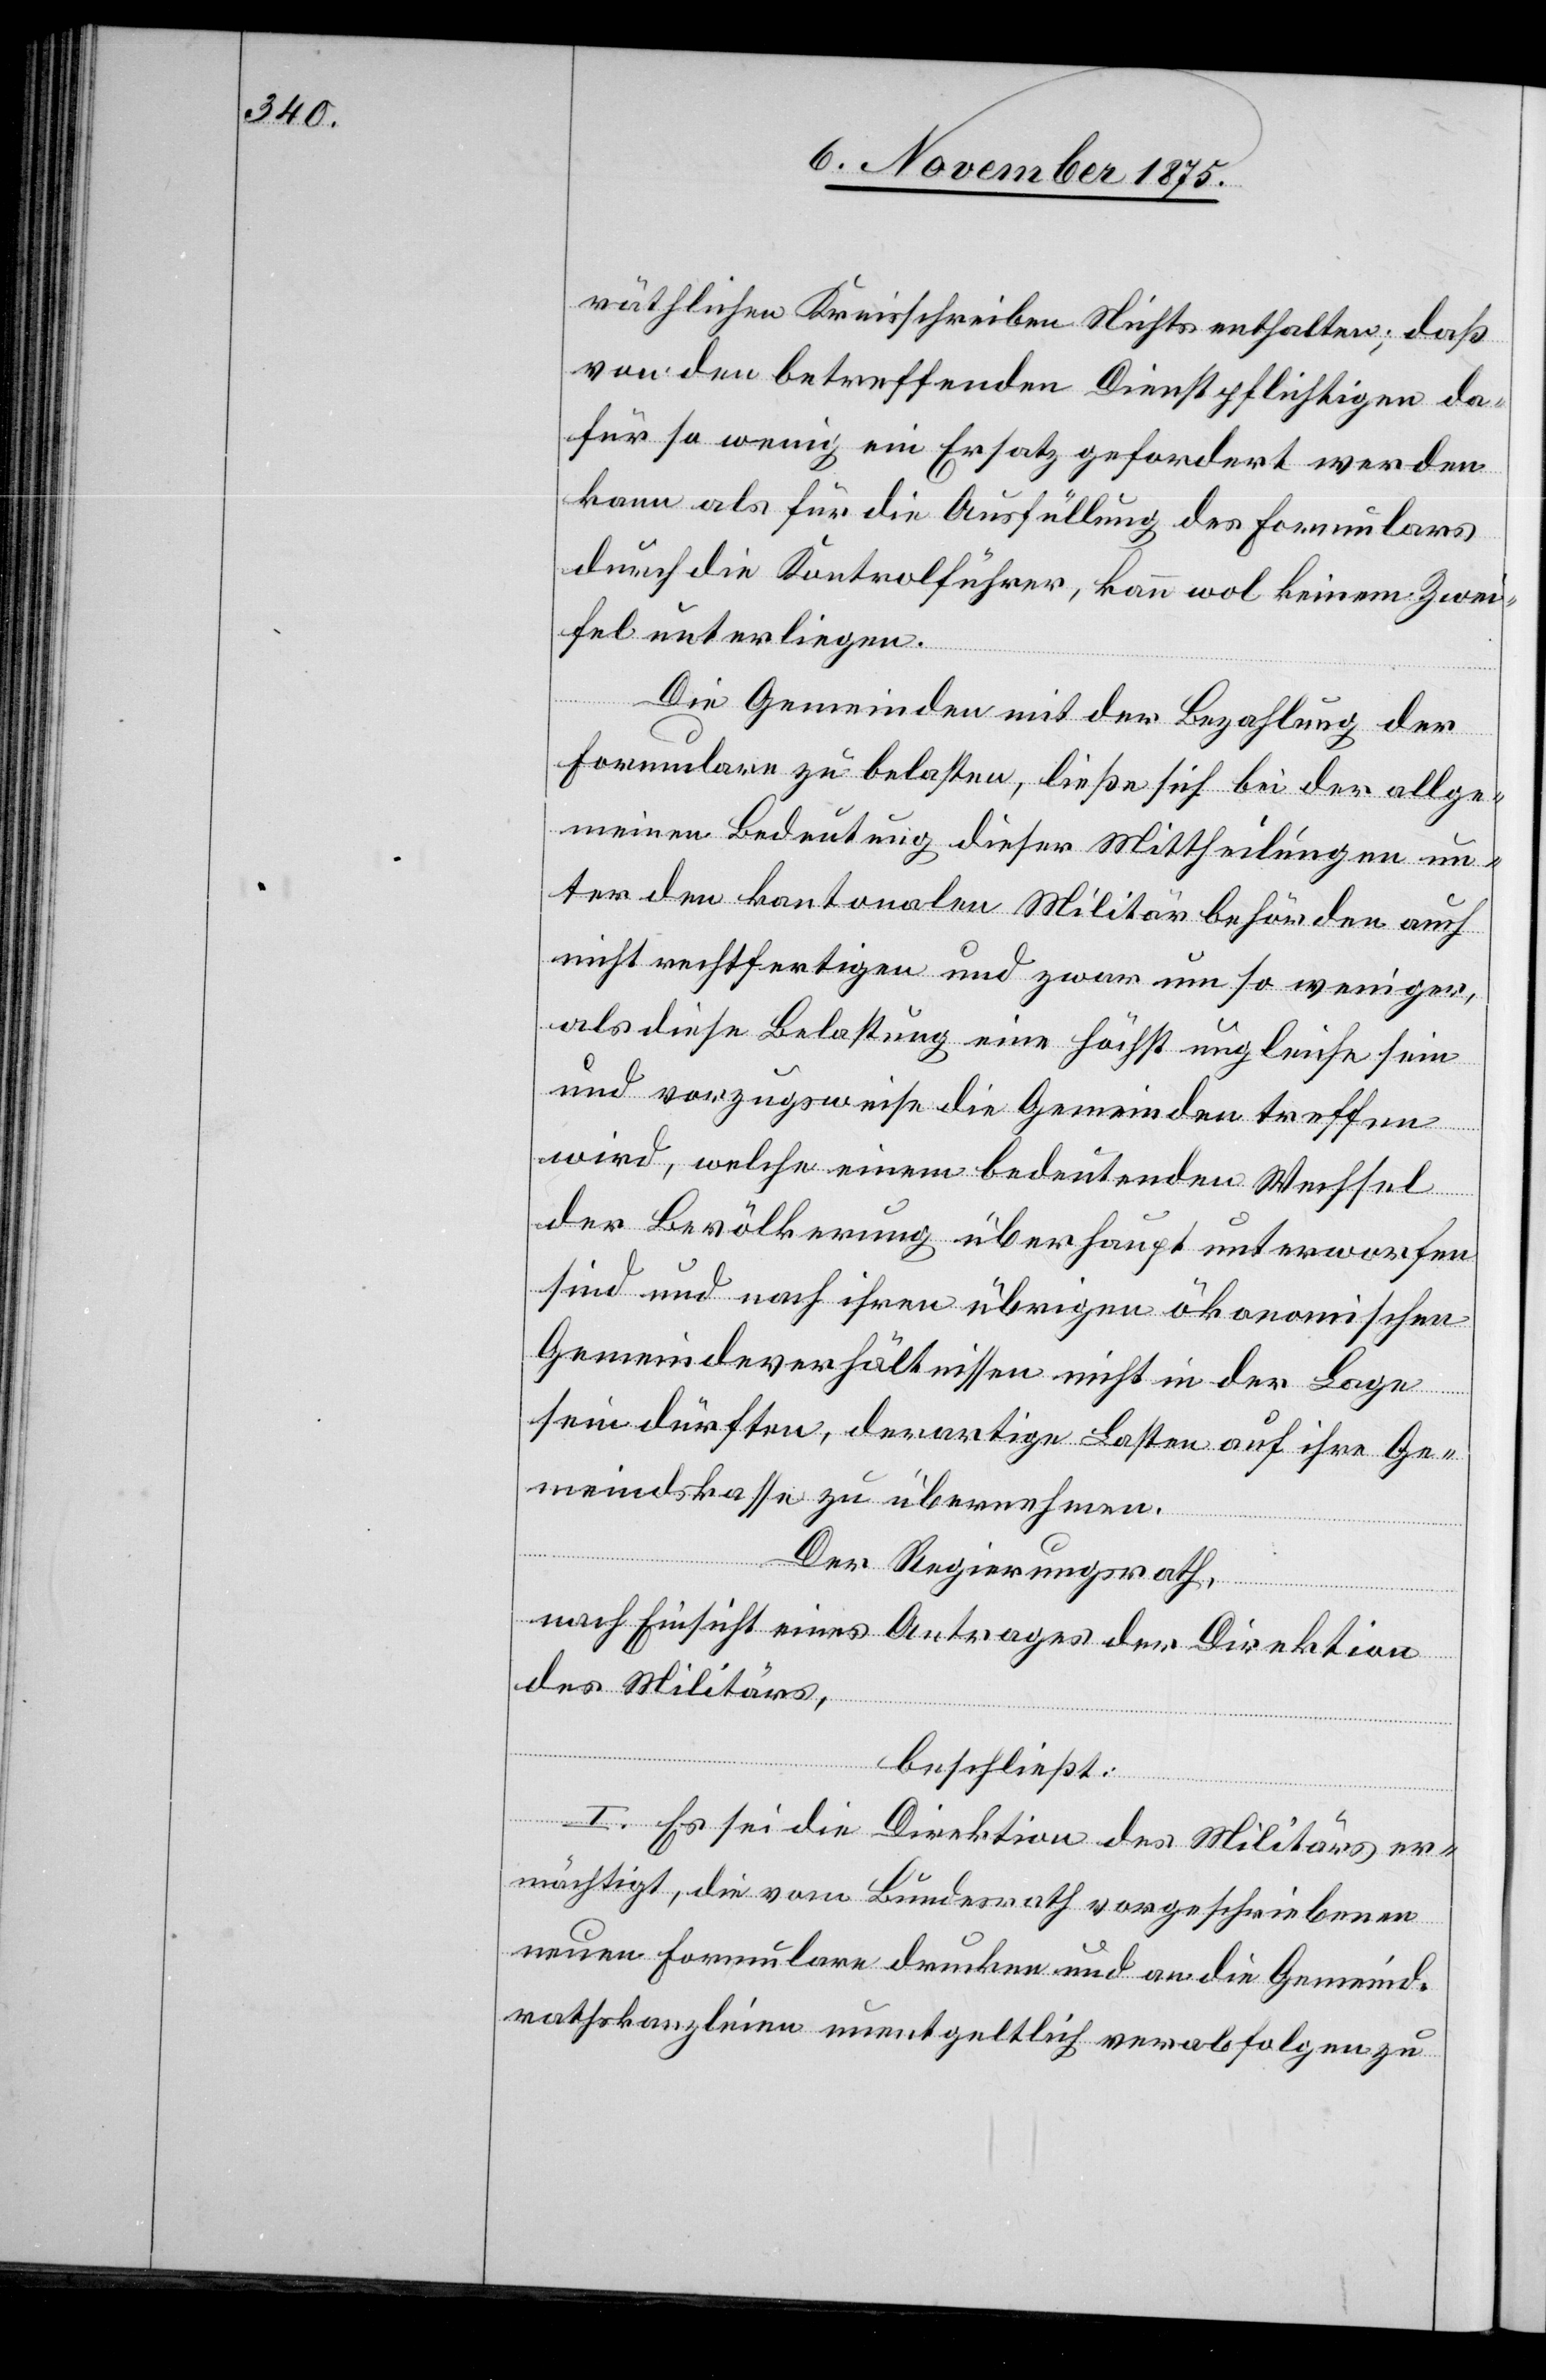
räthlichen Kreisschreiben Nichts enthalten; daß
von den betreffenden Dienstpflichtigen da¬
für so wenig ein Ersatz gefordert werden
kann als für die Ausfüllung des Formulars
durch die Kontrolführer, kann wol keinem Zwei¬
fel unterliegen.
Die Gemeinden mit der Bezahlung der
Formulare zu belasten, ließe sich bei der allge¬
meinen Bedeutung dieser Mittheilungen un¬
ter den kantonalen Militärbehörden auch
nicht rechtfertigen und zwar um so weniger,
als diese Belastung eine höchst ungleiche sein
und vorzugsweise die Gemeinden treffen
wird, welche einem bedeutenden Wechsel
der Bevölkerung überhaupt unterworfen
sind und nach ihren übrigen ökonomischen
Gemeindeverhältnissen nicht in der Lage
sein dürften, derartige Lasten auf ihre Ge¬
meindskasse zu übernehmen.
Der Regierungsrath,
nach Einsicht eines Antrages der Direktion
des Militärs,
beschließt:
I. Es sei die Direktion des Militärs er¬
mächtigt, die vom Bundesrath vorgeschriebenen
neuen Formulare drucken und an die Gemeind¬
rathskanzleien unentgeltlich verabfolgen zu